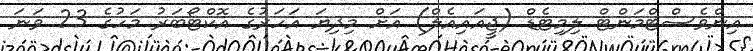
އިންވެސްޓްމަންޓް ލިމިޓެޑް (ޖީއައިއެލް) އަށް މިދިޔަ އަހަރުގެ އޮކްޓޯބަރު މަހުގެ 23 ވަނަ